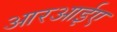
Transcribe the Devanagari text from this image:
आरआईए